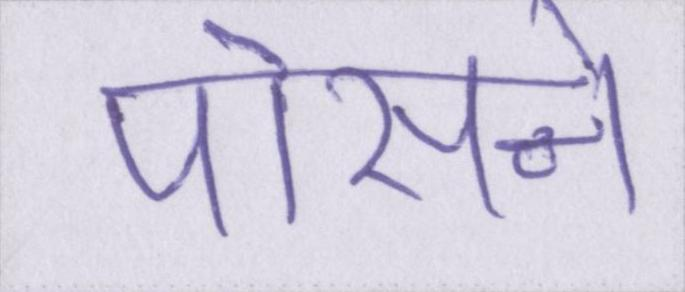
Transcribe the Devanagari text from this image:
पोसने